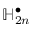
\mathbb { H } _ { 2 n } ^ { \bullet }